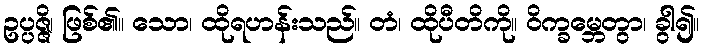
ဥပ္ပဇ္ဇိ၊ ဖြစ်၏။ သော၊ ထိုရဟန်းသည်။ တံ၊ ထိုပီတိကို။ ဝိက္ခမ္ဘေတွာ၊ ခွါ၍။